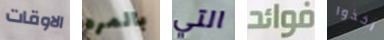
الاوقات بالمره التي فوائد اخذوا